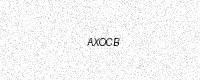
Text: AXOCB